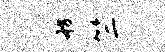
舫竺